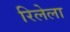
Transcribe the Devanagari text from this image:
रिलेला